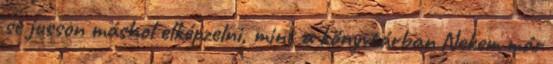
se jusson máshol elképzelni, mint a könyvtárban Nekem már